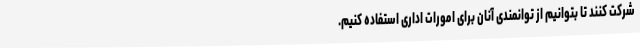
شرکت کنند تا بتوانیم از توانمندی آنان برای امورات اداری استفاده کنیم.